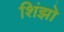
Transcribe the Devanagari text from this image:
शिंझो